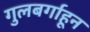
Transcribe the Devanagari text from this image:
गुलबर्गाहून